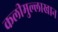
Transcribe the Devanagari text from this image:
कलीमुल्लाखान